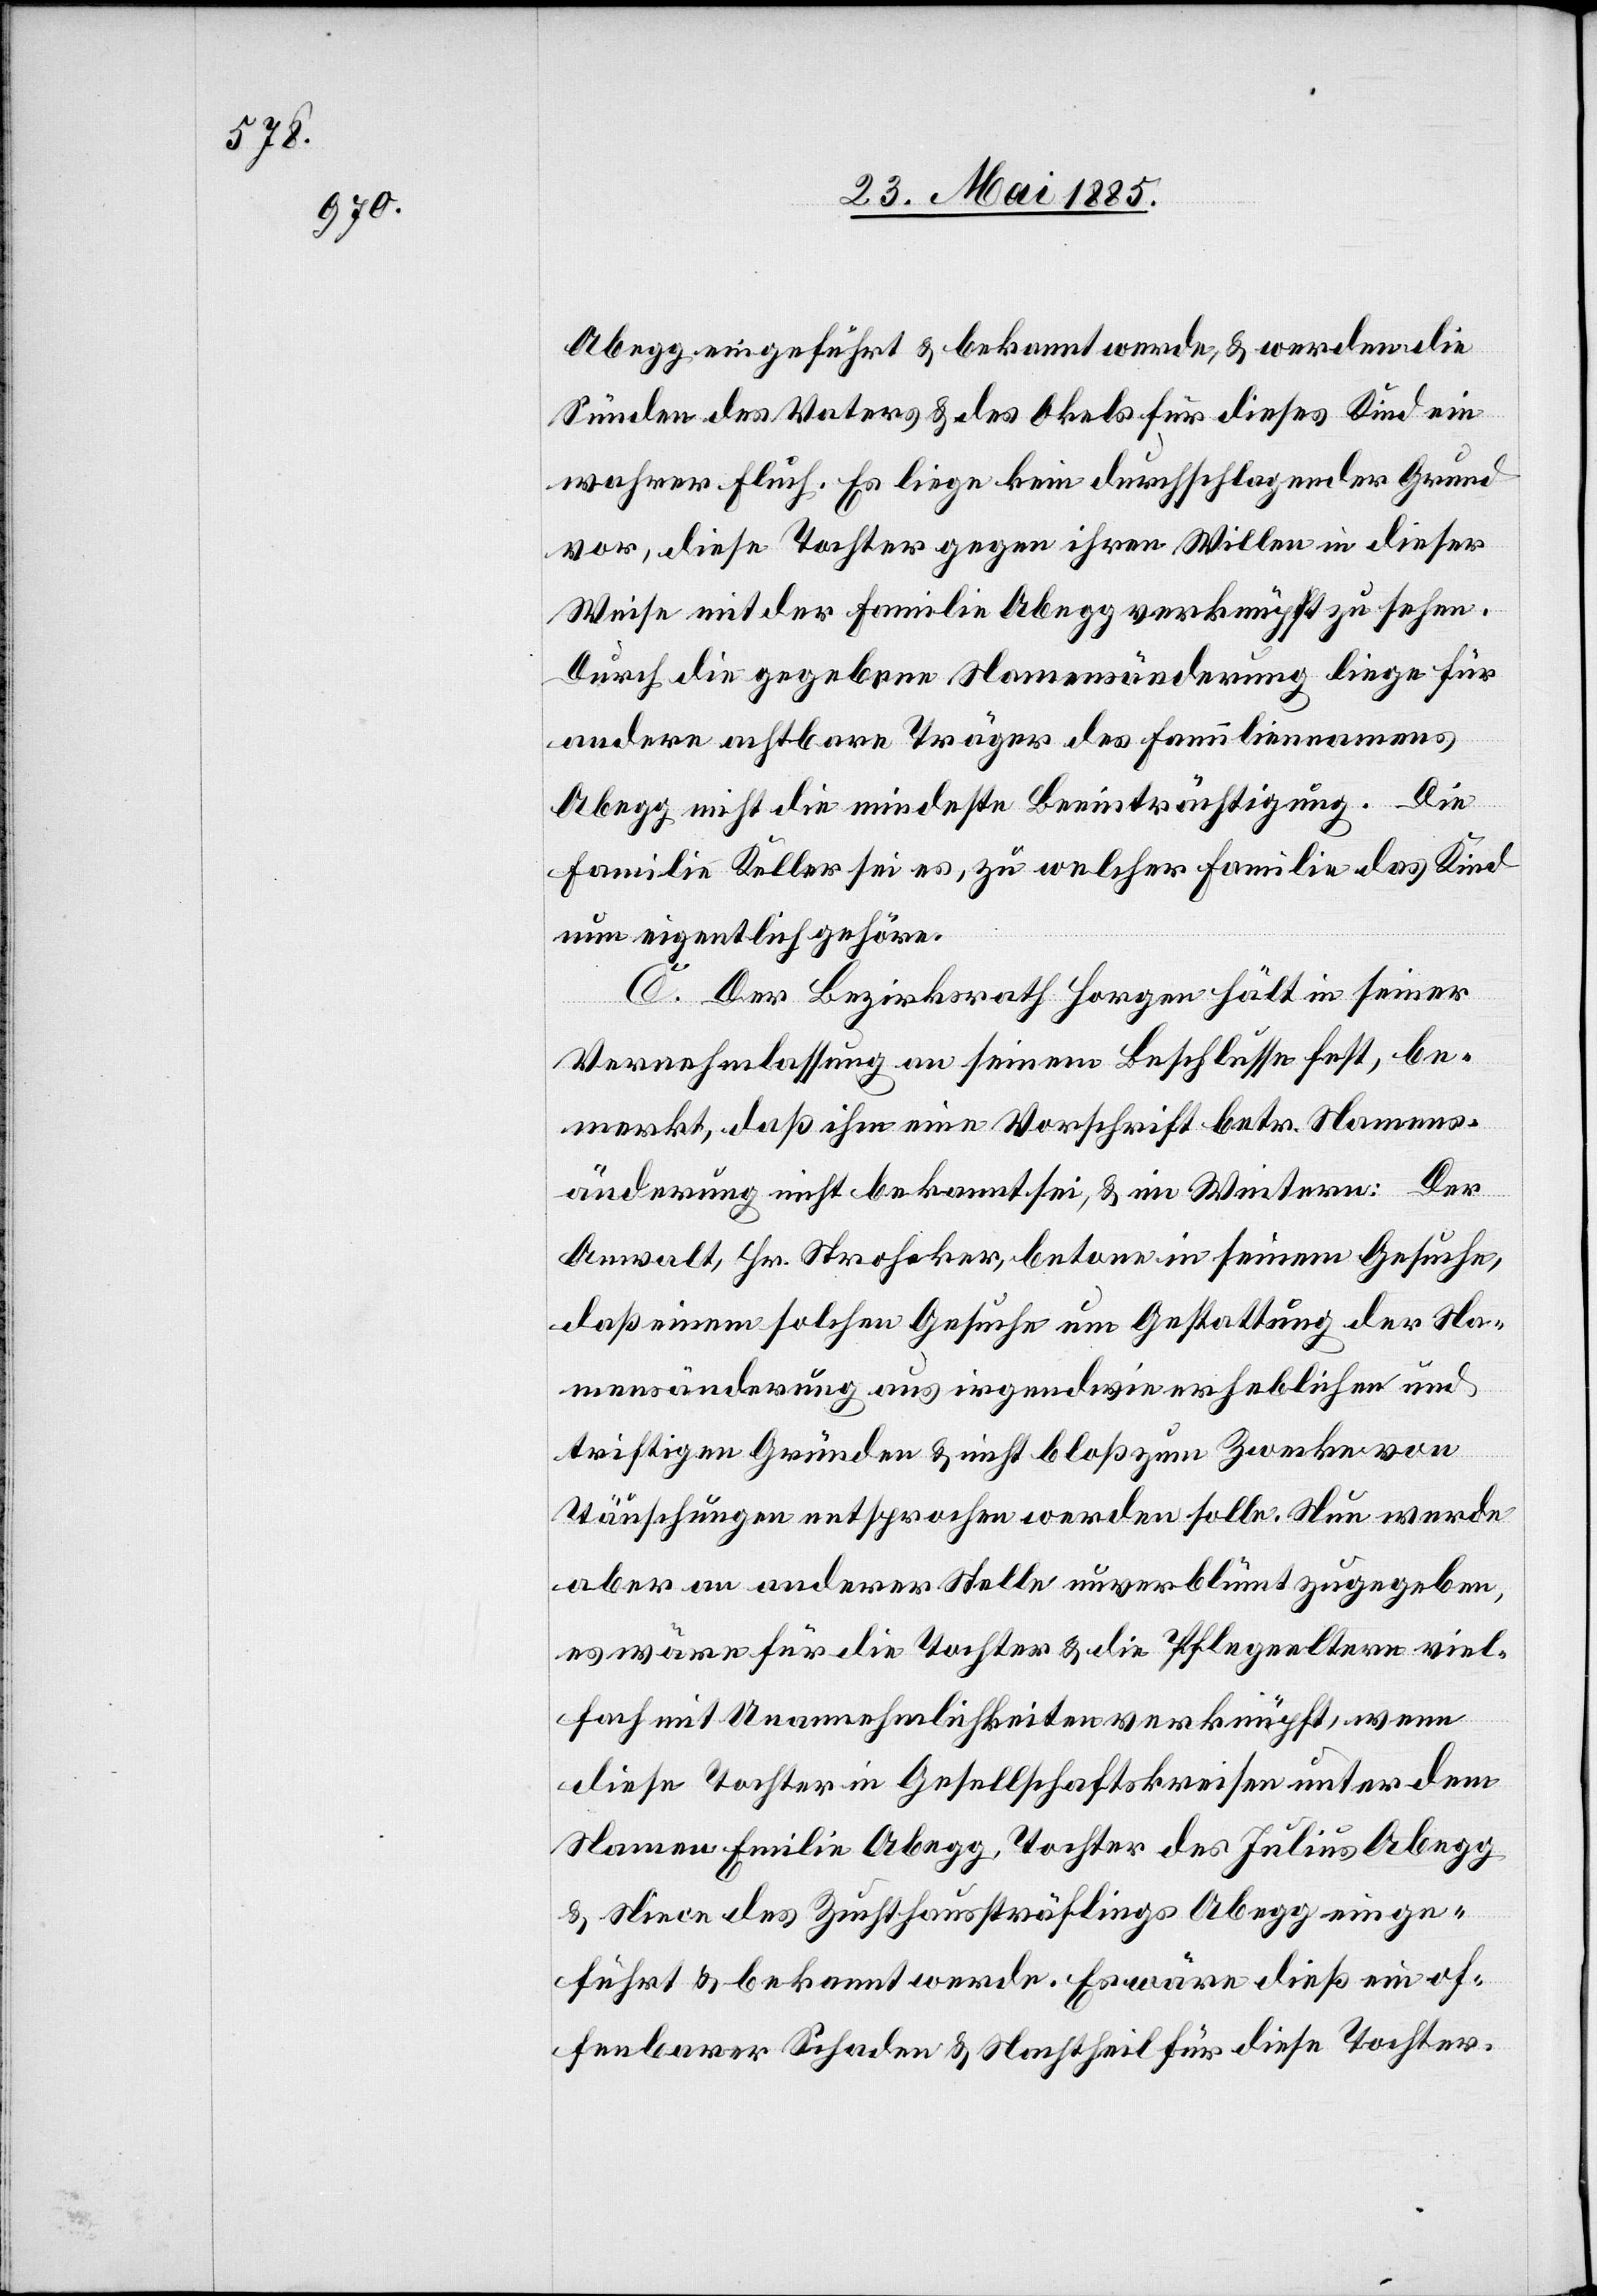
Abegg eingeführt & bekannt werde, & werden die
Sünden des Vaters & des Onkels für dieses Kind ein
wahrer Fluch. Es liege kein durchschlagender Grund
vor, diese Tochter gegen ihren Willen in dieser
Weise mit der Familie Abegg verknüpft zu sehen.
Durch die gegebene Namensänderung liege für
andere achtbare Träger des Familiennamens
Abegg nicht die mindeste Beeinträchtigung. Die
Familie Keller sei es, zu welcher Familie das Kind
nun eigentlich gehöre.
C. Der Bezirksrath Horgen hält in seiner
Vernehmlassung an seinem Beschlusse fest, be¬
merkt, daß ihm eine Vorschrift betr. Namens¬
änderung nicht bekannt sei, & im Weitern: Der
Anwalt, Hr. Stroheker, betone in seinem Gesuche,
daß einem solchen Gesuche um Gestattung der Na¬
mensänderung aus irgendwie erheblichen und
triftigen Gründen & nicht bloß zum Zwecke von
Täuschungen entsprochen werden solle. Nun werde
aber an anderer Stelle unverblümt zugegeben,
es wäre für die Tochter & die Pflegeeltern viel¬
fach mit Unannehmlichkeiten verknüpft, wenn
diese Tochter in Gesellschaftskreisen unter dem
Namen Emilie Abegg, Tochter des Julius Abegg
& Niece des Zuchthaussträflings Abegg einge¬
führt & bekannt werde. Es wäre dieß ein of¬
fenbarer Schaden & Nachtheil für diese Tochter.